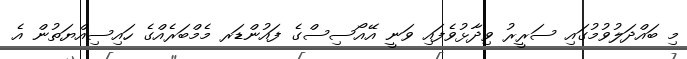
މި ބައްދަލުވުމުގައި ސަރީރު ވިދާޅުވެފައި ވަނީ އޭއޯސިސްގެ ފައުންޑަރ މެމްބަރެއްގެ ހައިސިއްޔަތުން އެ